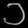
Digit: ၁